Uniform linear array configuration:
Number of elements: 64
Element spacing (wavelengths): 0.75
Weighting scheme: hann
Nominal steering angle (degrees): -15
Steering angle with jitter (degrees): -16.101
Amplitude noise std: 0.05
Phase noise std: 0.05

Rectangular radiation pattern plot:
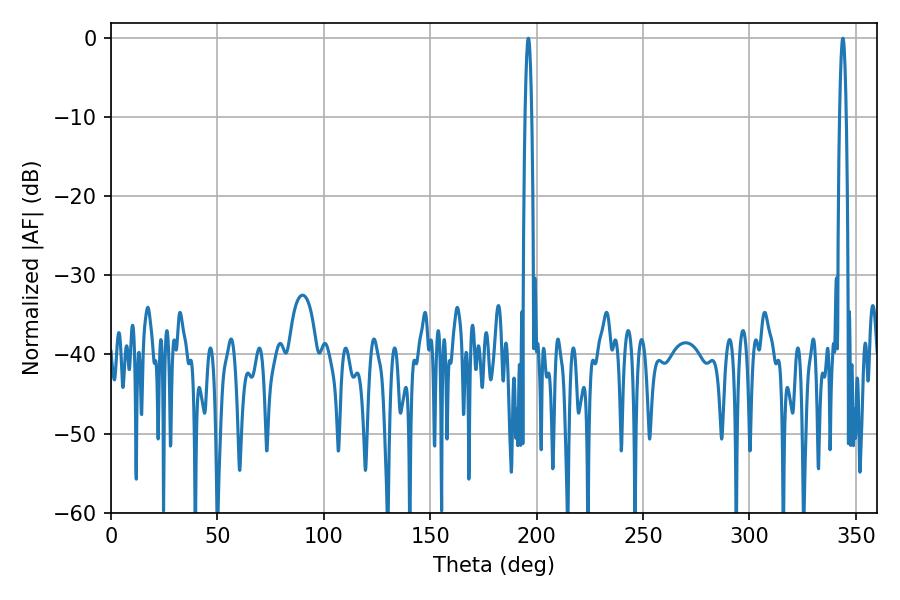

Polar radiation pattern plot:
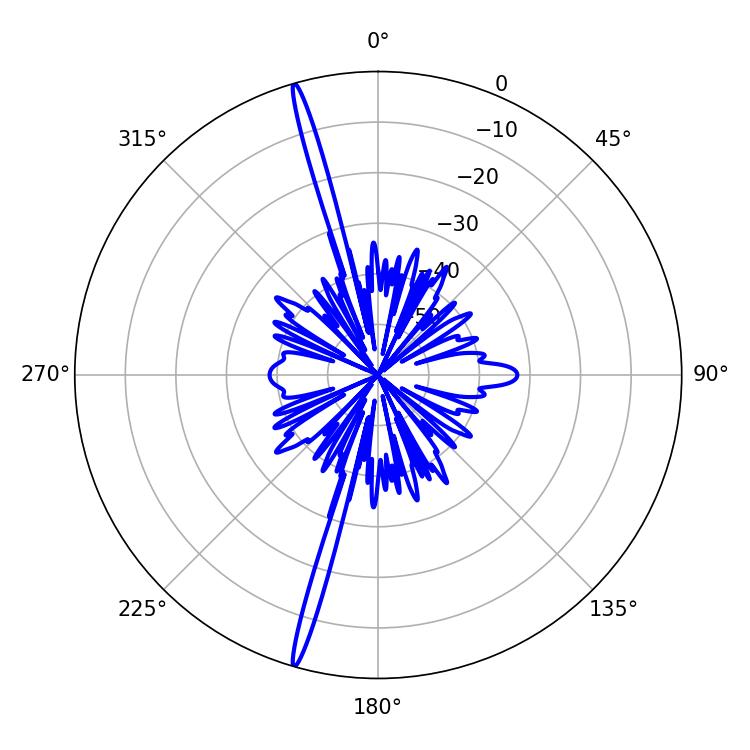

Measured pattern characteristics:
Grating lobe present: TRUE
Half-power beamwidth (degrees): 1.62
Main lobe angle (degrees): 196.02